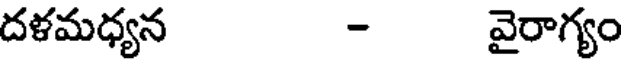
దళమధ్యన - వైరాగ్యం